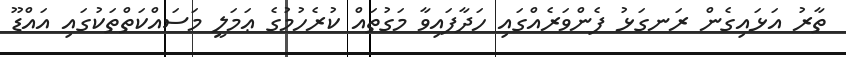
ތާރު އަޅައިގެން ރަނގަޅު ފެންވަރެއްގައި ހަދާފައިވާ މަގުތައް ކުރެހުމުގެ ޢަމަލީ މަސައްކަތްތަކުގައި އައްޑޫ